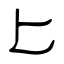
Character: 匕